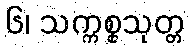
၆၊ သက္ကစ္စသုတ္တ